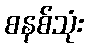
စနစ်သုံး